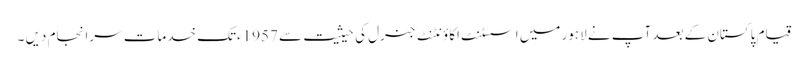
قیام پاکستان کے بعد آپ نے لاہور میں اسسٹنٹ اکاؤنٹنٹ جنرل کی حیثیت سے 1957ءتک خدمات سرانجام دیں ۔